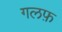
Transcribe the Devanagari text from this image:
गलफ़